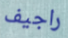
راجيف